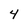
Character: 4